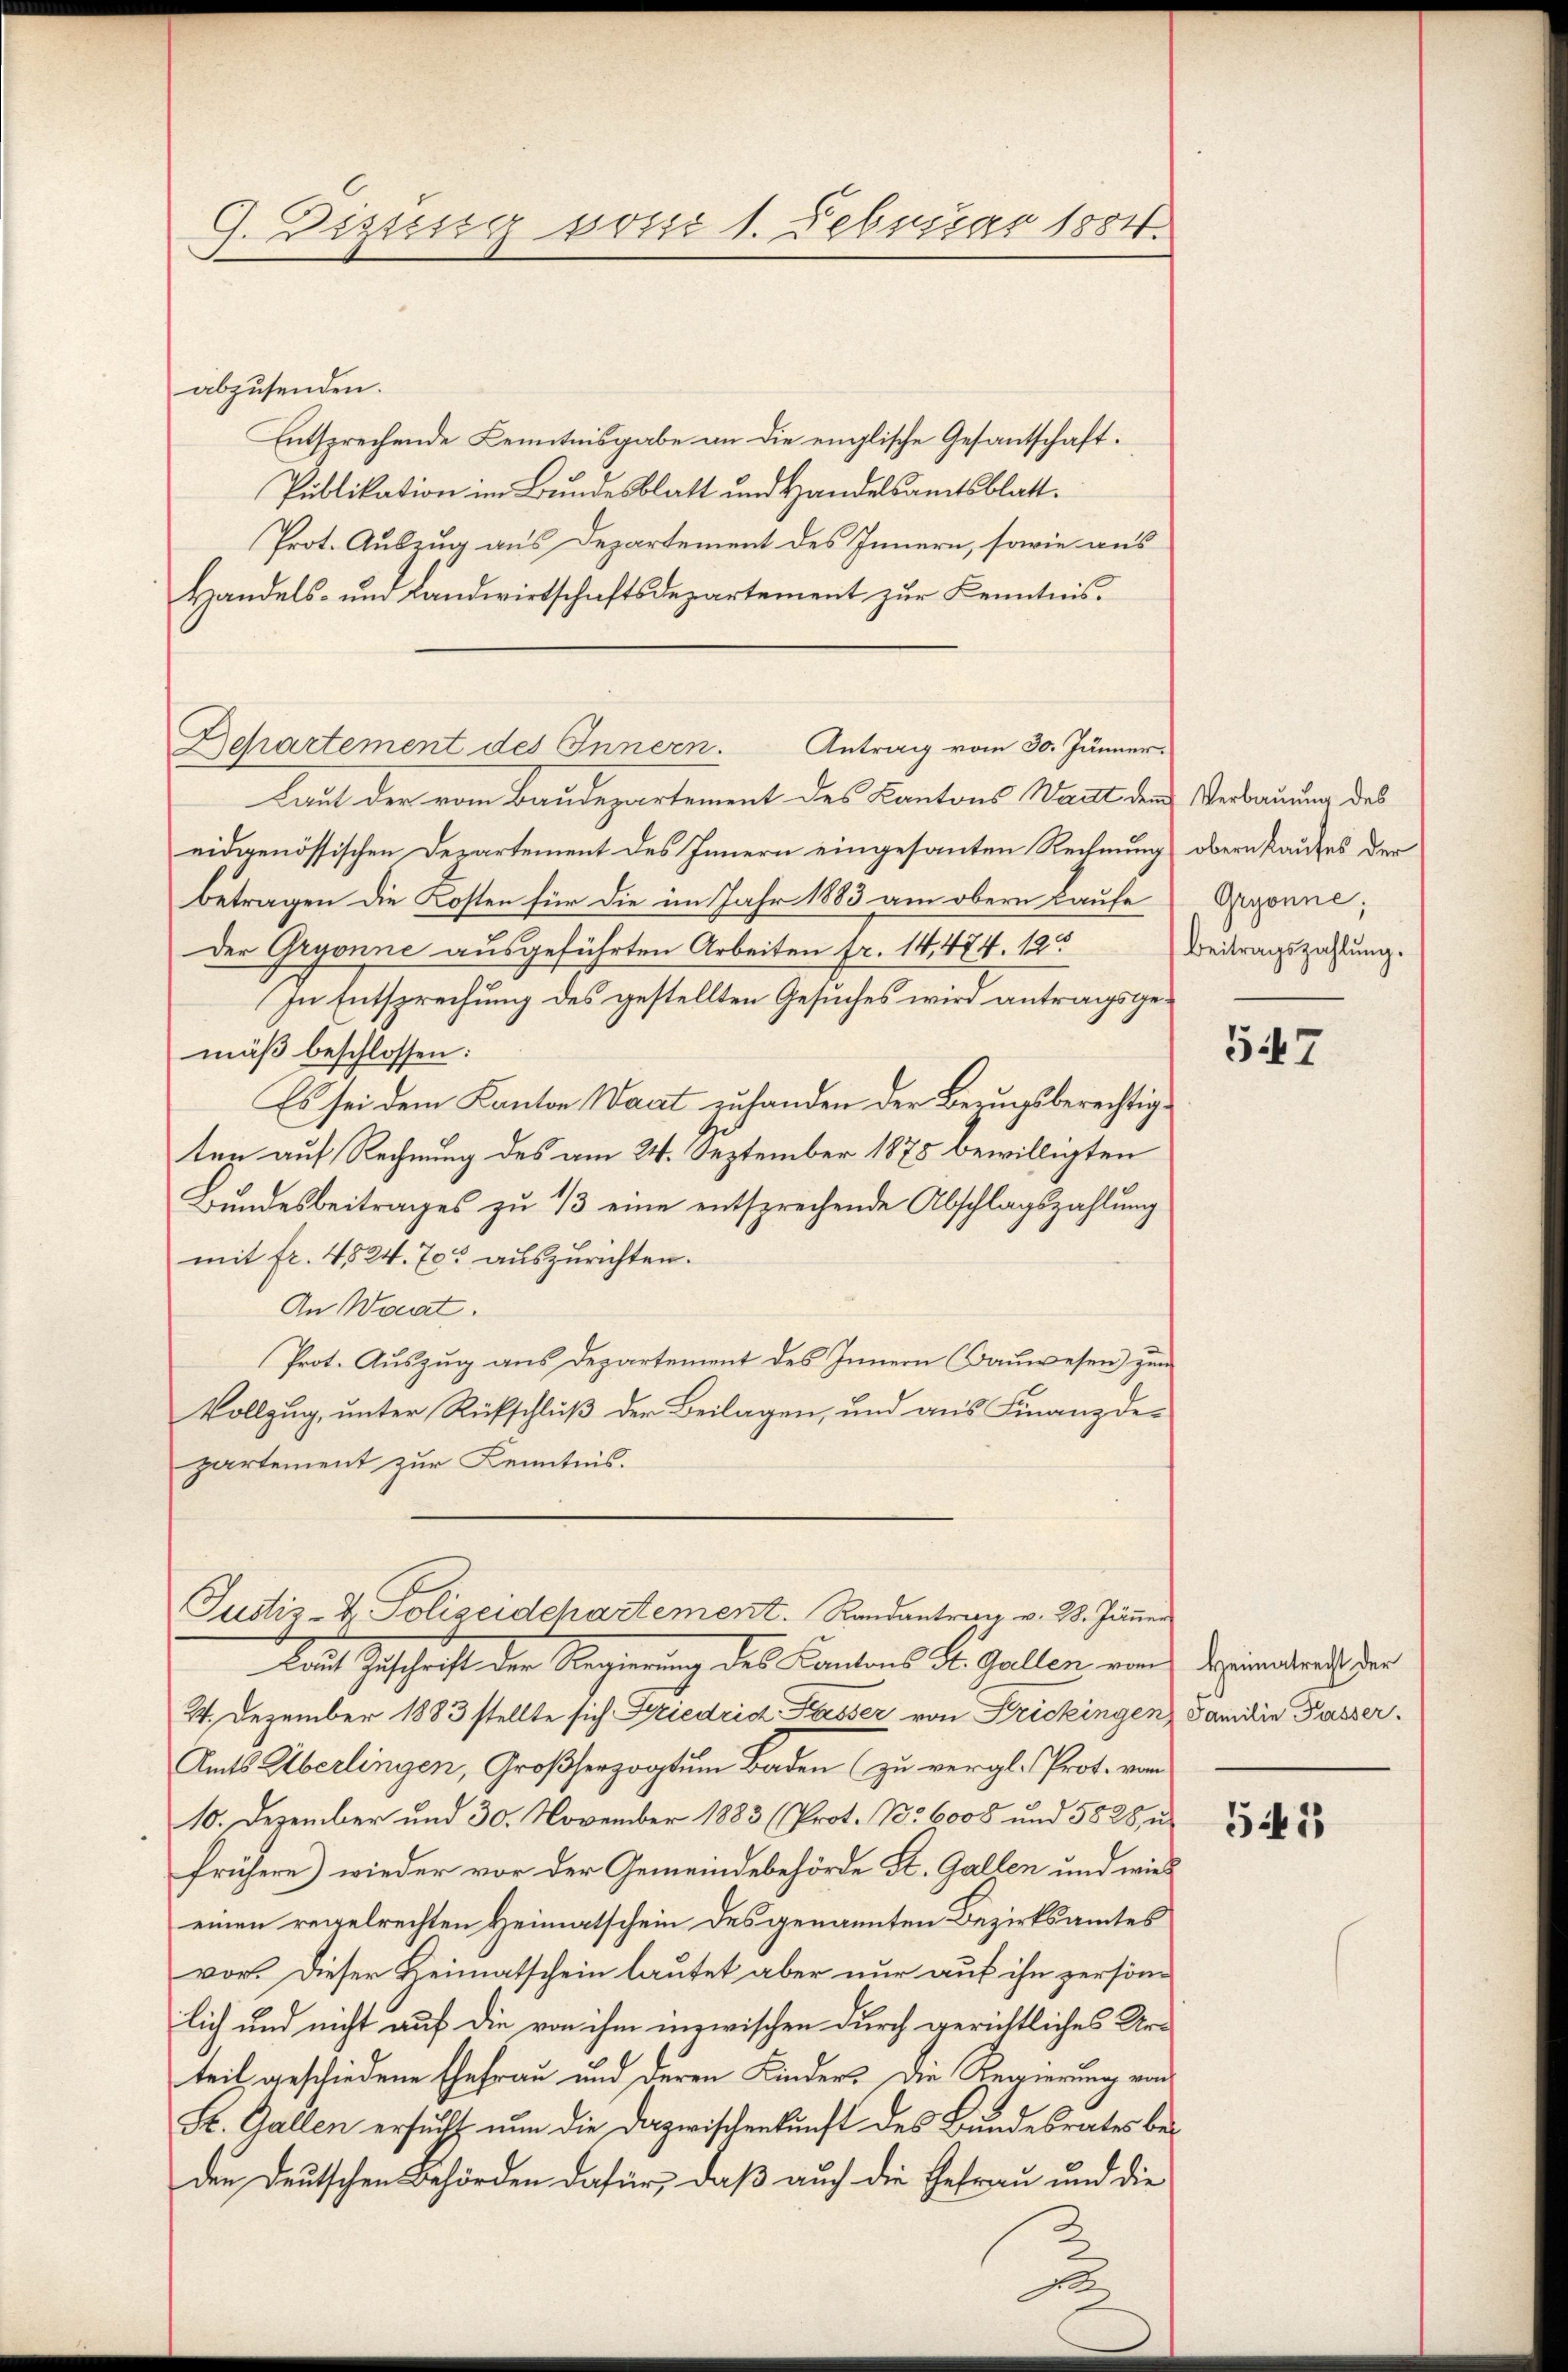
G. Dizung vom 1. Februar 1884.

abzusenden.
Entsprechende Kenntnisgabe an die englische Gesantschaft.
Publikation im Bundesblatt und Handelsamtsblatt.
Prot. Auszug aus Departement des Innern, sowie aus
Handels- und Landwirtschaftsdepartement zur Kenntnis.
Departement des Innern.
Laut der vom Baudepartement des Kantons Waadt dem Verbauung des
eidgenössischen Departement des Innern eingesanten Rechnung obern kaufes der
betragen die Kosten für die im Jahr 1883 am obern Laufe Agonne;
Der Gryonne ausgeführten Arbeiten fr. 14,474. 12
In Entsprechung des gestellten Gesuches wird antragsgemäß beschlossen:
Es sei dem Kanton Waat zu handen der Bezugsberechtigten auf Rechnung des am 24. September 1875 bewilligten
Bundesbeitrages zu 1/3 eine entsprechende Abschlagszahlung
mit fr. 4524. 705 auszurichten.
An Woat.
Prot. Auszug aus Departement des Innern (Bauwesen) zum
Vollzug, unter Rückschluß der Beilagen, und aus Finanzde-
partement zur Kenntnis.

Antrag vom 30. Jänner.

Laut Zuschrift der Regierung des Cantons St. Gallen von Bezirendrath der
24. Dezember 1883 stellte sich Friedrid Kasser von Frickingen Familie Passer.
Amts Überlingen, Großherzogtum Baden (zu vergl. Prot. von
10. Dezember und 30. November 1883 (Prot. No 6008 und 5828, u
frühere) wieder vor der Gemeindebehörde St. Gallen und wied
einen regelrechten Heimatschein des genannten Bezirksamtes
vor. Dieser Heimatschein lautet aber nur auf ihn person
lich und nicht auf die von ihm inzwischen durch gerichtliches Urteil geschiedene Ehefrau und deren Kinders die Regierung von
St. Gallen ersucht nun die Dazwischenkunft des Bundesrates beden Deutschen Behörden dafür, daß auch die Gefrau und die
2
s

Justiz- & Polizeidchartement. Randantrag v. 28. Jänner

Beitragszahlung.

547

541